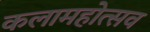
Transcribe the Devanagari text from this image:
कलामहोत्सव